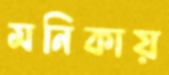
মনিকায়